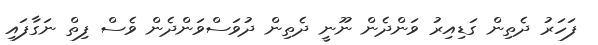
ފަހަރު ދެތިން ގަޑިއިރު ވަންދެން ނޫނީ ދެތިން ދުވަސްވަންދެން ވެސް ފިތް ނަގާފައި